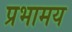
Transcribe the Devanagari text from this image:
प्रभामय